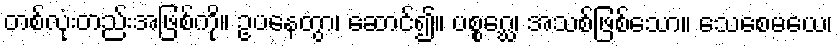
တစ်လုံးတည်းအဖြစ်ကို။ ဥပနေတွာ၊ ဆောင်၍။ ပစ္စဂ္ဃေ၊ အသစ်ဖြစ်သော။ သေစေမယေ၊